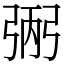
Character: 𢏺